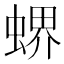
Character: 𧎁